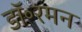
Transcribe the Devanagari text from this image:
डॉ॰रमन